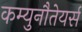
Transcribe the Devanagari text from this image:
कम्युनौतेयर्स